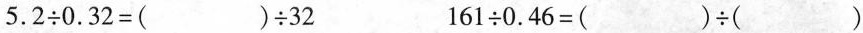
$$5 . 2 \div 0 . 3 2 = ( ) \div 3 2$$ $$1 6 1 \div 0 . 4 6 = ( ) \div ( )$$